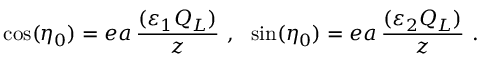
\cos ( \eta _ { 0 } ) = e a \, \frac { ( \varepsilon _ { 1 } Q _ { L } ) } { z } \ , \ \ \sin ( \eta _ { 0 } ) = e a \, \frac { ( \varepsilon _ { 2 } Q _ { L } ) } { z } \ .